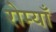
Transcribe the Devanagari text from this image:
रोम्याँ